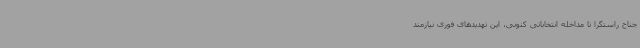
جناح راستگرا تا مداخله انتخاباتی کنونی، این تهدیدهای فوری نیازمند